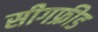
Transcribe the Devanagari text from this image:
सीगफ्रीड